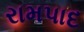
રામપાદ